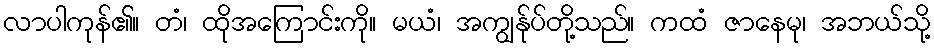
လာပါကုန်၏။ တံ၊ ထိုအကြောင်းကို။ မယံ၊ အကျွန်ုပ်တို့သည်။ ကထံ ဇာနေမု၊ အဘယ်သို့